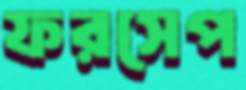
ফরসেপ